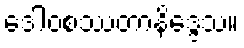
ဒေါဝစဿတာနိဒ္ဒေသ။